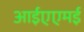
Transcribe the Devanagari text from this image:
आईएएमई